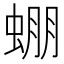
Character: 𧌇